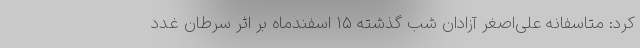
کرد: متاسفانه علی‌اصغر آزادان شب گذشته ۱۵ اسفندماه بر اثر سرطان غدد